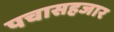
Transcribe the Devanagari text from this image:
पचासहजार